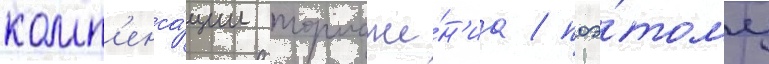
комп'енса́ции торможе́н'иа / поэ́тому